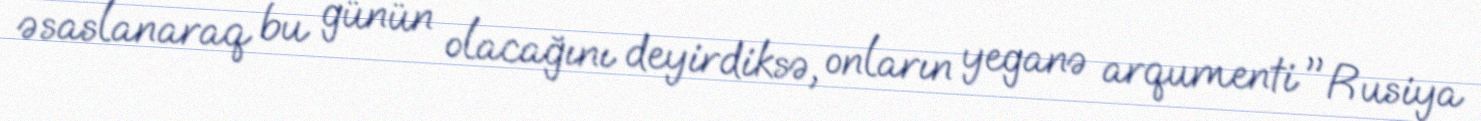
əsaslanaraq bu günün olacağını deyirdiksə, onların yeganə arqumenti "Rusiya